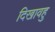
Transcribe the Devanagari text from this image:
दिखावहु